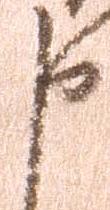
申